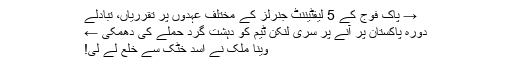
→ پاک فوج کے 5 لیفٹیننٹ جنرلز کے مختلف عہدوں پر تقرریاں، تبادلے
دورہ پاکستان پر آنے پر سری لنکن ٹیم کو دہشت گرد حملے کی دھمکی ←
وینا ملک نے اسد خٹک سے خلع لے لی!